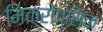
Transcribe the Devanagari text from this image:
मिक्रोप्सिक